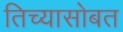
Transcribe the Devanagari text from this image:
तिच्यासोबत